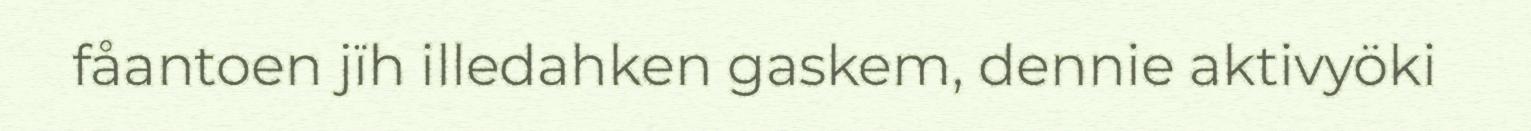
fåantoen jïh illedahken gaskem, dennie aktivyöki